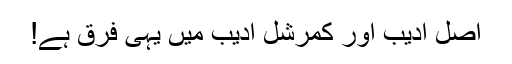
اصل ادیب اور کمرشل ادیب میں یہی فرق ہے!